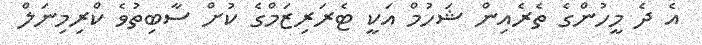
އެ ދެ މީހުންގެ ތެރެއިން ޝަހުމް އަކީ ޓެރަރިޒަމްގެ ކުށް ސާބިތުވެ ކްރިމިނަލް